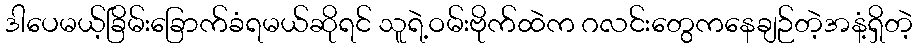
ဒါပေမယ့်ခြိမ်းခြောက်ခံရမယ်ဆိုရင် သူရဲ့ဝမ်းဗိုက်ထဲက ဂလင်းတွေကနေချဉ်တဲ့အနံ့ရှိတဲ့